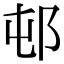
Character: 邨